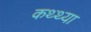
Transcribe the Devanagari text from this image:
कथ्थ्या